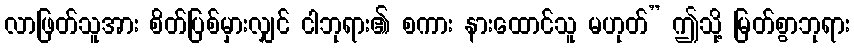
လာဖြတ်သူအား စိတ်ပြစ်မှားလျှင် ငါဘုရား၏ စကား နားထောင်သူ မဟုတ်” ဤသို့ မြတ်စွာဘုရား